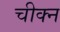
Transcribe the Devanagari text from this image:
चीक्न